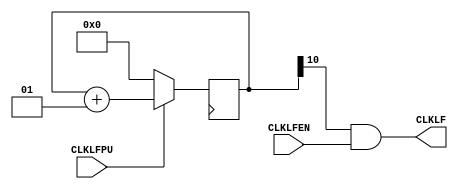
module LSOSC
(
    `ifdef verilator3
    input  _clk,
    `endif
    input  CLKLFPU,
    input  CLKLFEN,
    output CLKLF
);

    integer _ctr;
    
    initial begin
        _ctr = 0;
    end
    
    always @ (posedge _clk) begin
    
        if (!CLKLFPU) begin
            _ctr <= 0;
        end
        else begin
            _ctr <= _ctr + 1;
        end
    end
    
    assign CLKLF = _ctr[10] & CLKLFEN;

endmodule